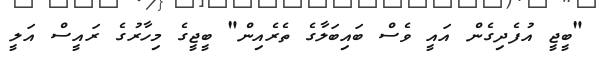
"ބީޖީ އުފެދިގެން އައީ ވެސް ބައިބަލާގެ ތެރެއިން" ބީޖީގެ މިހާރުގެ ރައީސް އަލީ